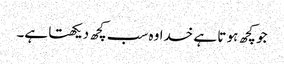
جو کچھ ہو تا ہے خدا وہ سب کچھ دیکھتا ہے۔